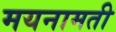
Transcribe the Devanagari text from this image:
मयनामती